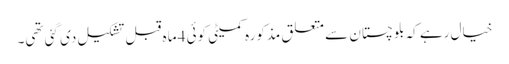
خیال رہے کہ بلوچستان سے متعلق مذکورہ کمیٹی کوئی 4 ماہ قبل تشکیل دی گئی تھی۔